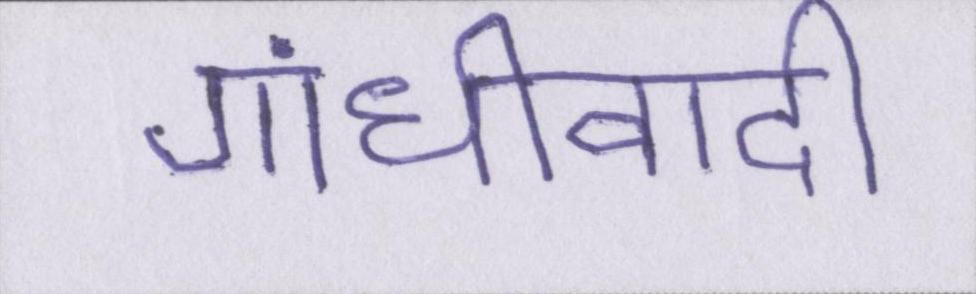
गांधीवादी